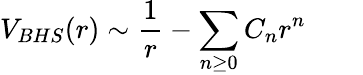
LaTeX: V_{BHS}(r)\sim{\frac{1}{r}}-{\sum_{n\ge 0}C_{n}r^{n}}\qquad